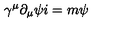
\gamma ^ { \mu } \partial _ { \mu } \psi i = m \psi